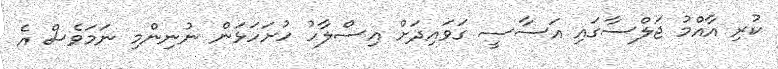
ކުރި އާއްމު ޖަލްސާގައި އަސާސީ ގަވައިދަށް އިސްލާހު ހުށަހަޅަން ނުނިންމި ނަމަވެސް އެ